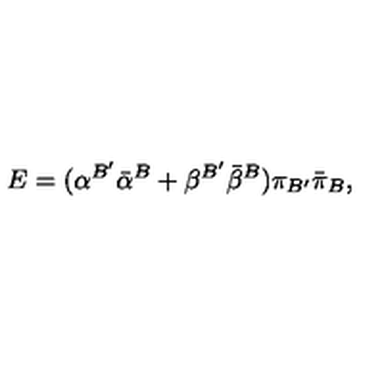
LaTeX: E = ( { \alpha } ^ { B ^ { \prime } } { \bar { \alpha } } ^ { B } + { \beta } ^ { B ^ { \prime } } { \bar { \beta } } ^ { B } ) { \pi } _ { B ^ { \prime } } { \bar { \pi } } _ { B } ,